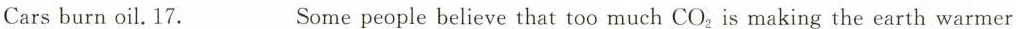
Carsburn oil. 17.___Some people believe that too much CO_{2}is making the earth warmer